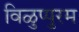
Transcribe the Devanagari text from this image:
विळुप्पुरम